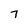
Character: 7